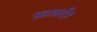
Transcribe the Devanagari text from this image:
फ़ार्स्टर